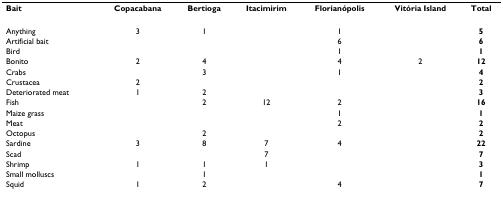
<table><thead><tr><td><b>Bait</b></td><td><b>Copacabana</b></td><td><b>Bertioga</b></td><td><b>Itacimirim</b></td><td><b>Florianópolis</b></td><td><b>Vitória Island</b></td><td><b>Total</b></td></tr></thead><tbody><tr><td>Anything</td><td>3</td><td>1</td><td></td><td>1</td><td></td><td><b>5</b></td></tr><tr><td>Artificial bait</td><td></td><td></td><td></td><td>6</td><td></td><td><b>6</b></td></tr><tr><td>Bird</td><td></td><td></td><td></td><td>1</td><td></td><td><b>1</b></td></tr><tr><td>Bonito</td><td>2</td><td>4</td><td></td><td>4</td><td>2</td><td><b>12</b></td></tr><tr><td>Crabs</td><td></td><td>3</td><td></td><td>1</td><td></td><td><b>4</b></td></tr><tr><td>Crustacea</td><td>2</td><td></td><td></td><td></td><td></td><td><b>2</b></td></tr><tr><td>Deteriorated meat</td><td>1</td><td>2</td><td></td><td></td><td></td><td><b>3</b></td></tr><tr><td>Fish</td><td></td><td>2</td><td>12</td><td>2</td><td></td><td><b>16</b></td></tr><tr><td>Maize grass</td><td></td><td></td><td></td><td>1</td><td></td><td><b>1</b></td></tr><tr><td>Meat</td><td></td><td></td><td></td><td>2</td><td></td><td><b>2</b></td></tr><tr><td>Octopus</td><td></td><td>2</td><td></td><td></td><td></td><td><b>2</b></td></tr><tr><td>Sardine</td><td>3</td><td>8</td><td>7</td><td>4</td><td></td><td><b>22</b></td></tr><tr><td>Scad</td><td></td><td></td><td>7</td><td></td><td></td><td><b>7</b></td></tr><tr><td>Shrimp</td><td>1</td><td>1</td><td>1</td><td></td><td></td><td><b>3</b></td></tr><tr><td>Small molluscs</td><td></td><td>1</td><td></td><td></td><td></td><td><b>1</b></td></tr><tr><td>Squid</td><td>1</td><td>2</td><td></td><td>4</td><td></td><td><b>7</b></td></tr></tbody></table>